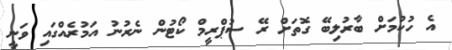
އެ ހުކުމަށް ބާރުލިބޭ ގޮތަށް ރޭ ސުޕްރީމް ކޯޓުން ނެރުނު އަމުރެއްގައި ވަނީ